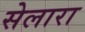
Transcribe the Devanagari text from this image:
सेलारा